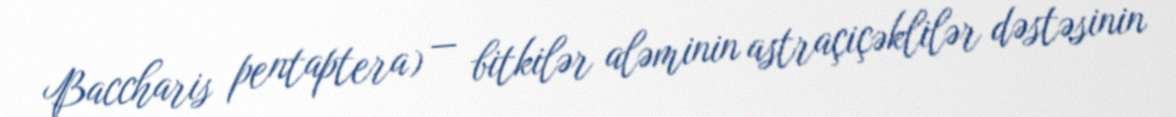
Baccharis pentaptera) — bitkilər aləminin astraçiçəklilər dəstəsinin